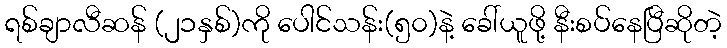
ရစ်ချာလီဆန် (၂၁နှစ်)ကို ပေါင်သန်း(၅၀)နဲ့ ခေါ်ယူဖို့ နီးစပ်နေပြီဆိုတဲ့